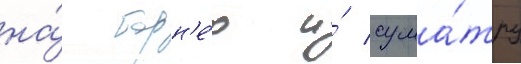
на́ борн'е́о и́ сума́тру